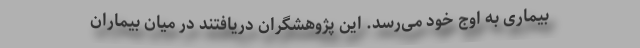
بیماری به اوج خود می‌رسد. این پژوهشگران دریافتند در میان بیماران